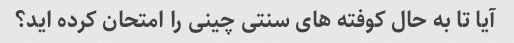
آیا تا به حال کوفته های سنتی چینی را امتحان کرده اید؟